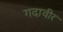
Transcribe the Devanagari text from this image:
गदावीर